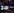
صح